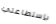
بإستطاعتي